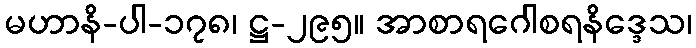
မဟာနိ-ပါ-၁၇၈၊ ဋ္ဌ-၂၉၅။ အာစာရဂေါစရနိဒ္ဒေသ၊